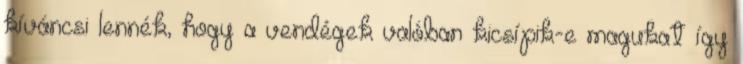
kíváncsi lennék, hogy a vendégek valóban kicsípik-e magukat így